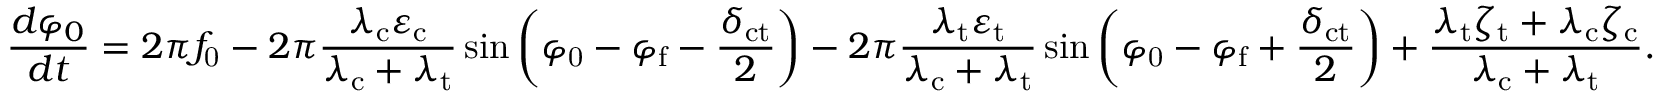
\frac { d \varphi _ { 0 } } { d t } = 2 \pi f _ { \mathrm { 0 } } - 2 \pi \frac { \lambda _ { \mathrm { c } } \varepsilon _ { \mathrm { c } } } { \lambda _ { \mathrm { c } } + \lambda _ { \mathrm { t } } } \sin \left( \varphi _ { \mathrm { 0 } } - \varphi _ { \mathrm { f } } - \frac { \delta _ { \mathrm { c t } } } { 2 } \right) - 2 \pi \frac { \lambda _ { \mathrm { t } } \varepsilon _ { \mathrm { t } } } { \lambda _ { \mathrm { c } } + \lambda _ { \mathrm { t } } } \sin \left( \varphi _ { \mathrm { 0 } } - \varphi _ { \mathrm { f } } + \frac { \delta _ { \mathrm { c t } } } { 2 } \right) + \frac { \lambda _ { \mathrm { t } } \zeta _ { \mathrm { t } } + \lambda _ { \mathrm { c } } \zeta _ { \mathrm { c } } } { \lambda _ { \mathrm { c } } + \lambda _ { \mathrm { t } } } .